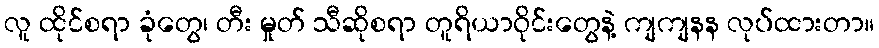
လူ ထိုင်စရာ ခုံတွေ၊ တီး မှုတ် သီဆိုစရာ တူရိယာဝိုင်းတွေနဲ့ ကျကျနန လုပ်ထားတာ။